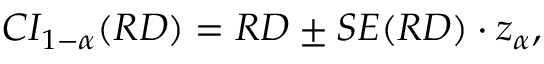
C I _ { 1 - \alpha } ( R D ) = R D \pm S E ( R D ) \cdot z _ { \alpha } ,